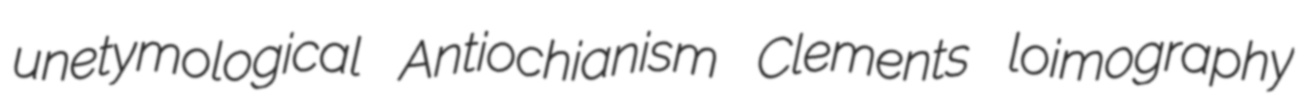
unetymological Antiochianism Clements loimography